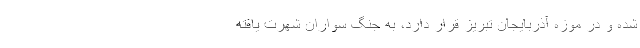
شده و در موزه آذربایجان تبریز قرار دارد، به جنگ سواران شهرت یافته